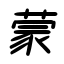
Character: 蒙